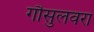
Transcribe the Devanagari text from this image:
गौसुलवरा